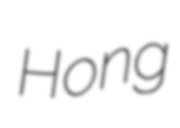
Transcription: Hong